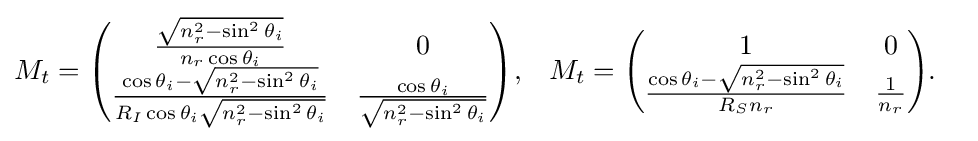
{\begin{aligned}M_{t}&={\begin{pmatrix}{\frac {\sqrt {n_{r}^{2}-\sin ^{2}\theta _{i}}}{n_{r}\cos \theta _{i}}}&0\\{\frac {\cos \theta _{i}-{\sqrt {n_{r}^{2}-\sin ^{2}\theta _{i}}}}{R_{I}\cos \theta _{i}{\sqrt {n_{r}^{2}-\sin ^{2}\theta _{i}}}}}&{\frac {\cos \theta _{i}}{\sqrt {n_{r}^{2}-\sin ^{2}\theta _{i}}}}\end{pmatrix}},&M_{t}&={\begin{pmatrix}1&0\\{\frac {\cos \theta _{i}-{\sqrt {n_{r}^{2}-\sin ^{2}\theta _{i}}}}{R_{S}n_{r}}}&{1 \over n_{r}}\end{pmatrix}}.\end{aligned}}